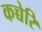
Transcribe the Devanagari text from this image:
कच्चेरि